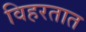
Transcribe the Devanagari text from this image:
विहरतात